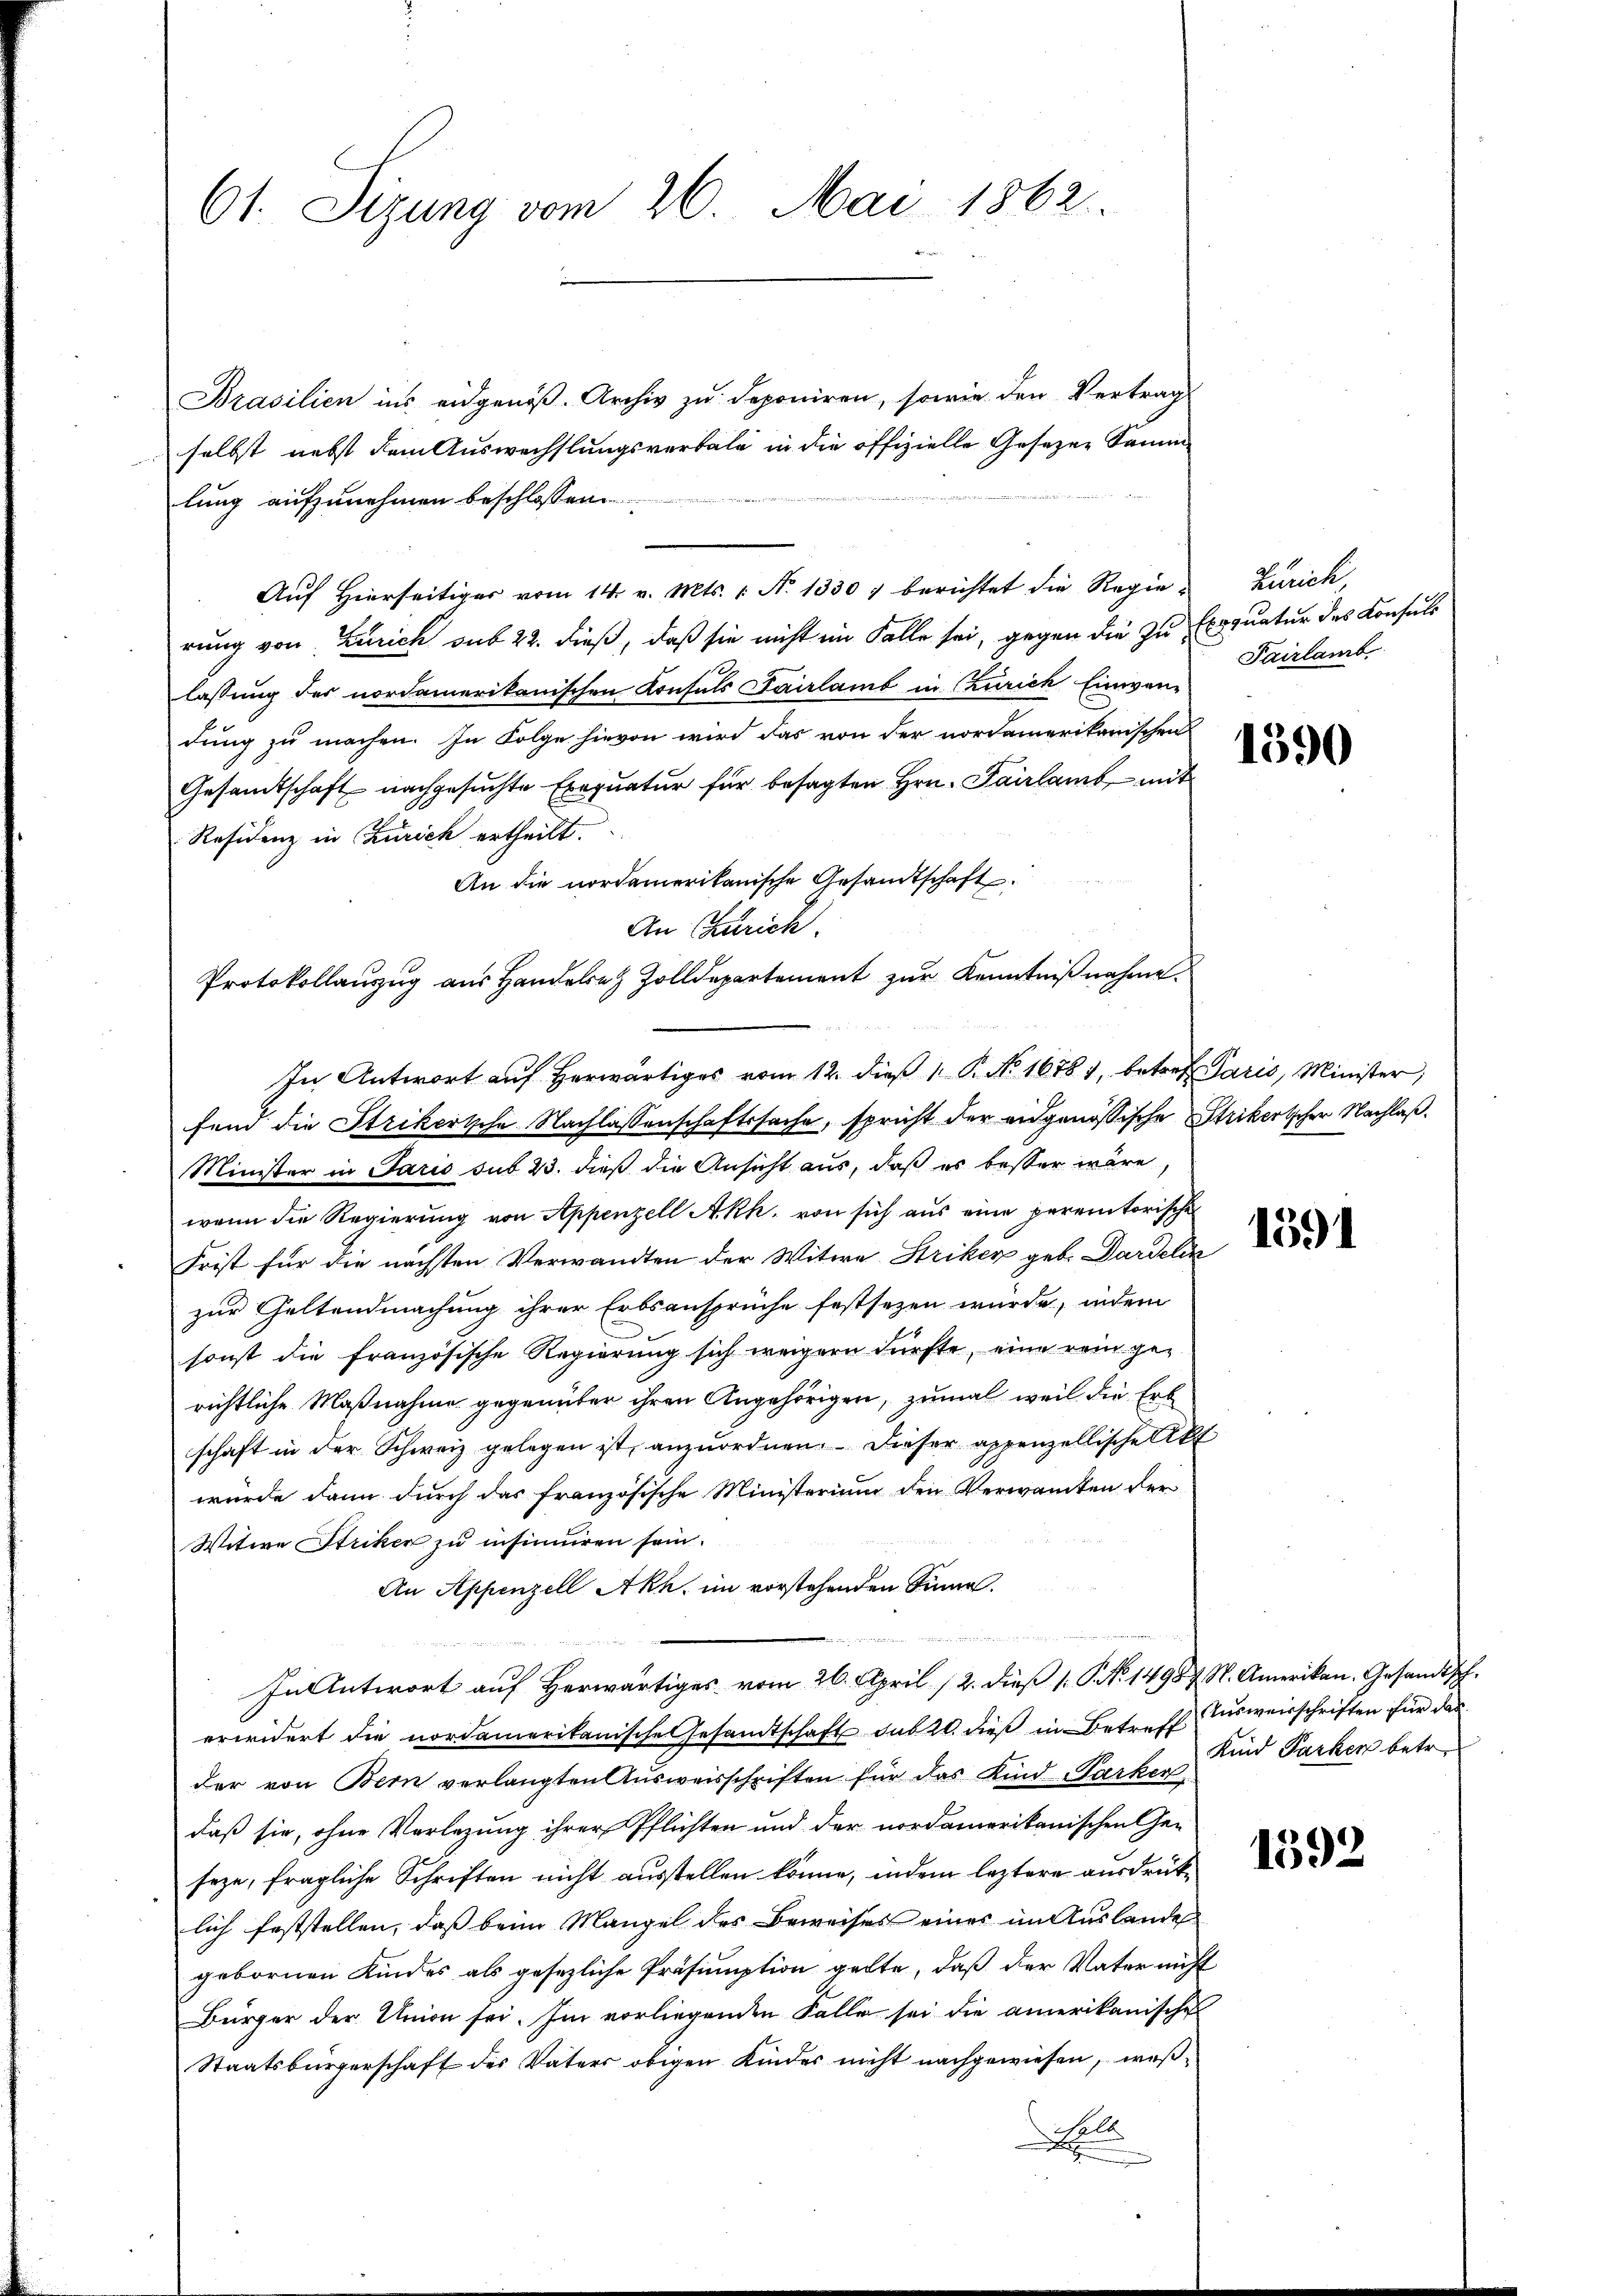
61. Sizung vom 26. Mai 1862.

Brasilien ins eidgenöß. Archiv zu deponiren, sowie den Vertrag
selbst nebst dem Auswechslungsverbale in die offizielle Gesezen Sammlung aufzunehmen beschlossen.
Auf Hierseitiger vom 14. v. Mts. 1. N. 1330 f berichtet die Regierung von Zürich sub 22. dieß, daß sie nicht im Falle sei, gegen die zu Expruatur des Konsuls
lassung des nordamerikanischen Konsuls Pairlamb in Zürich Einwan-
dung zu machen. In Folge hievon wird das von der nordamerikanischen
Gesandtschaft nachgesuchte Exequatur für besagten Hrn. Pairlamb, mit
Residenz in Zürich ertheilt.
An die nordamerikanische Gesandtschaft.
An Zürich.
Protokollauszug aus Handele Zolldepartement zur Kenntnißnahme.
fend die Strikertsche Nachlassenschaftssache, spricht der eidgenössische Strikertscher Nachlaß¬
Minister in Paris sub 23. dieß die Ansicht aus, daß es besser wäre,
wenn die Regierung von Appenzell A.Rh. von sich aus eine peremtorische
Frist für die nächsten Verwandten der Witwe Striker geb. Dardelin
zur Geltendmachung ihrer Erbsansprüche festsezen wurde, indem
sonst die französische Regierung sich weigern dürfte, eine rein gerichtliche Maßnahme gegenüber ihren Angehörigen, zumal weil die Erb
schaft in der Schweiz gelegen ist, anzuordnen. Dieser appenzellische Akt
wurde dann durch das französische Ministerium den Verwandten der
Witwe Striker zu insinuiren sein.
An Appenzell Akh. im vorstehenden Sinne.
e
In Antwort aŭf herwärtiges vom 26. April 12. dieβ (: No 14987 N. Amerikan. Gesandtsch.
erwidert die nordamerikanische Gesandtschaft sub 20. dieß in Betreff Ausweisschriften für das
der von Bern verlangten Ausweisschriften für das Kind Parker
daß sie, ohne Verlegung ihrer Pflichten und der nordamerikanischen Ge-
seze, fragliche Schriften nicht ausstellen könne, indem leztere ausdrücklich feststellen, daß beim Mangel des Beweises eines im Auslandes
gebornen Kindes als gesezliche Präsinuption gelte, daß der Vater nicht
Bürger der Union sei. Im vorliegenden Falle sei die amerikanische
Staatsbürgerschaft des Vaters obigen Kinder nicht nachgewiesen, weß¬
Fell

In Antwort auf herwärtiges vom 12. dieβ 1. P. No. 16781, betref Paris, Minister,

Zürich
Pairlamb.

1390

1591

Kind Parken betr.

1592